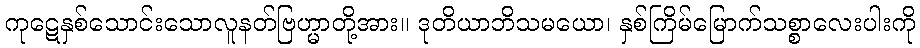
ကုဋေနှစ်သောင်းသောလူနတ်ဗြဟ္မာတို့အား။ ဒုတိယာဘိသမယော၊ နှစ်ကြိမ်မြောက်သစ္စာလေးပါးကို